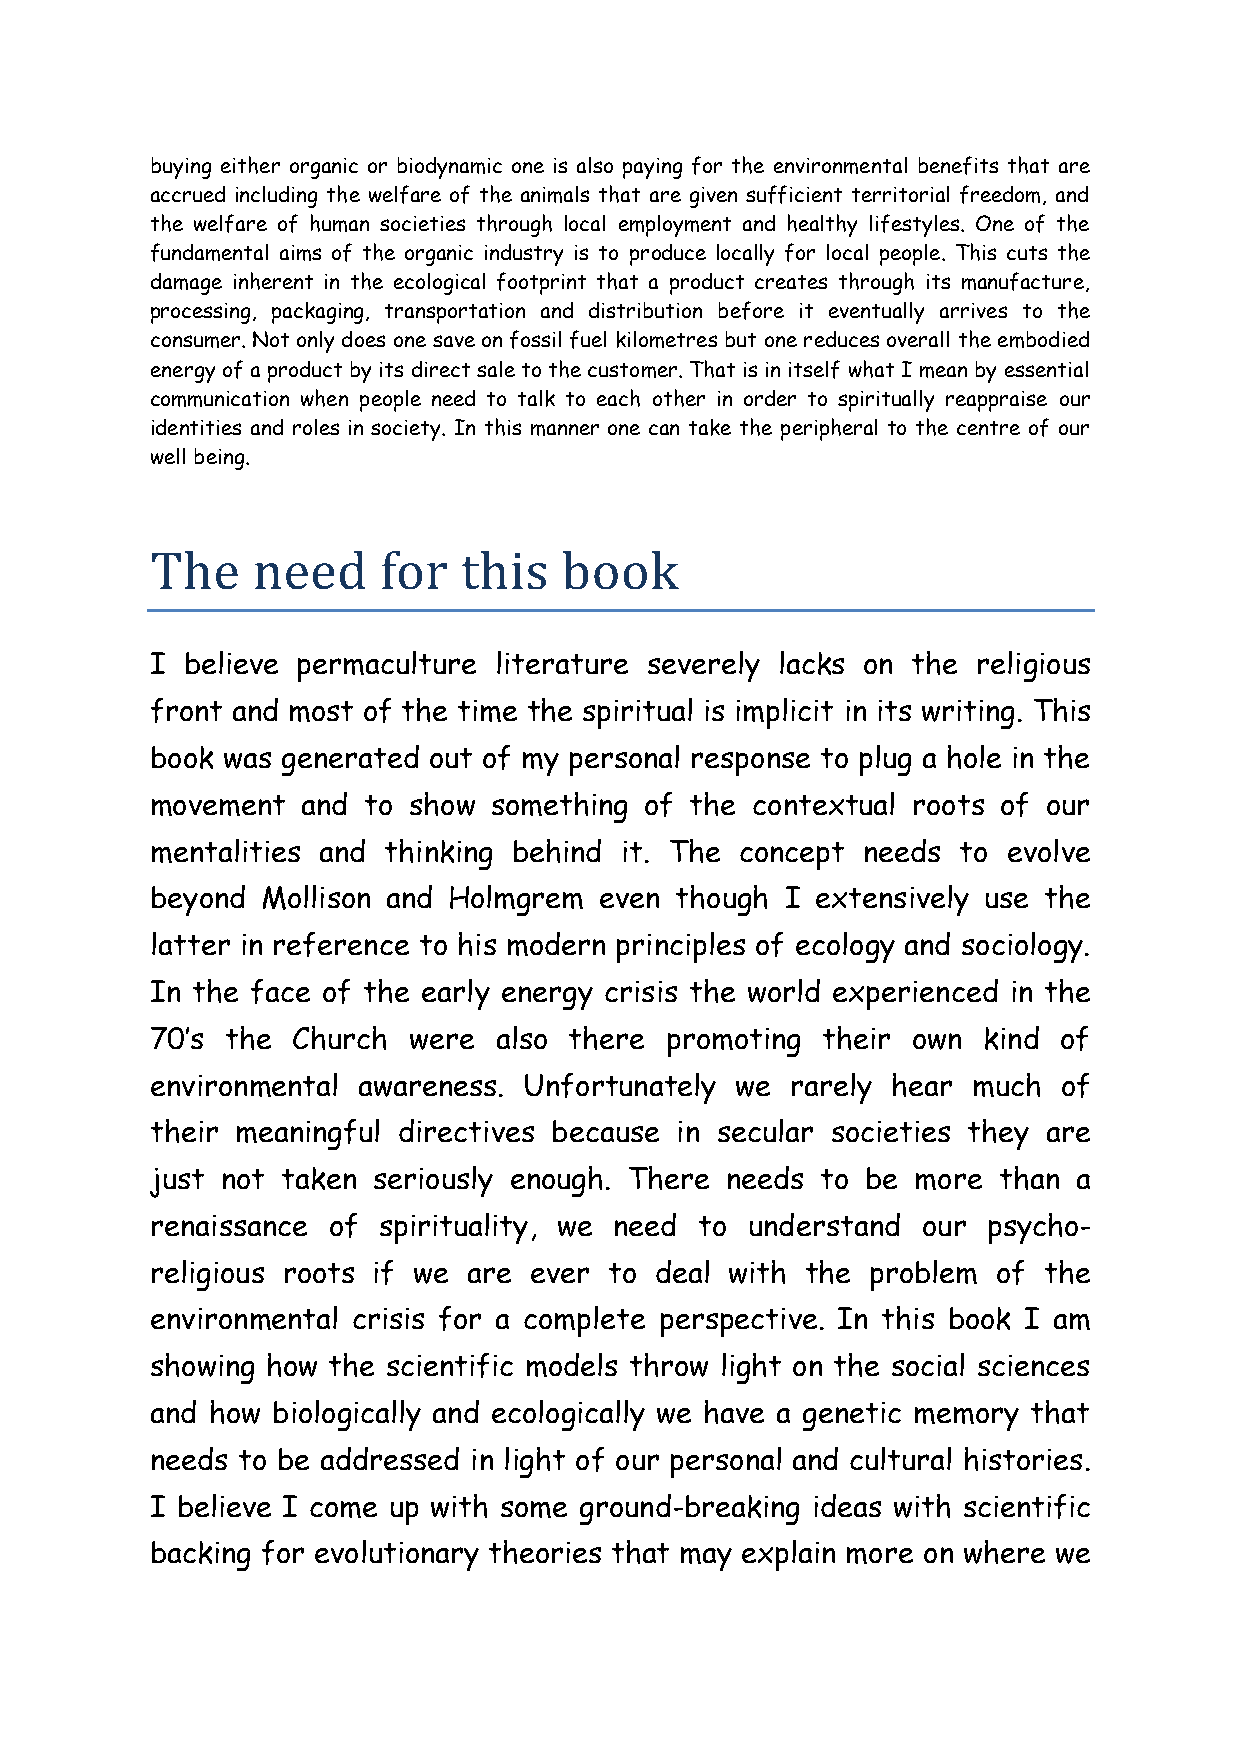
buying either organic or biodynamic one is also paying for the environmental benefits that are
 accrued including the welfare of the animals that are given sufficient territorial freedom, and
 the welfare of human societies through local employment and healthy lifestyles. One of the
 fundamental aims of the organic industry is to produce locally for local people. This cuts the
 damage inherent in the ecological footprint that a product creates through its manufacture,
 processing, packaging, transportation and distribution before it eventually arrives to the
 consumer. Not only does one save on fossil fuel kilometres but one reduces overall the embodied
 energy of a product by its direct sale to the customer. That is in itself what I mean by essential
 communication when people need to talk to each other in order to spiritually reappraise our
 identities and roles in society. In this manner one can take the peripheral to the centre of our
 well being.
 The    need    for  this   book
 I believe permaculture literature severely lacks on the religious
 front and most of the time the spiritual is implicit in its writing. This
 book was generated out of my personal response to plug a hole in the
 movement  and to show something  of the contextual roots of our
 mentalities and thinking behind it. The concept needs to evolve
 beyond Mollison and Holmgrem  even though I extensively use the
 latter in reference to his modern principles of ecology and sociology.
 In the face of the early energy crisis the world experienced in the
 70’s the Church  were  also there promoting their own  kind of
 environmental awareness. Unfortunately we rarely hear much  of
 their meaningful directives because in secular societies they are
 just not taken seriously enough. There needs to be more than a
 renaissance of spirituality, we need to understand our psycho-
 religious roots if we are ever to deal with the problem of the
 environmental crisis for a complete perspective. In this book I am
 showing how the scientific models throw light on the social sciences
 and how biologically and ecologically we have a genetic memory that
 needs to be addressed in light of our personal and cultural histories.
 I believe I come up with some ground-breaking ideas with scientific
 backing for evolutionary theories that may explain more on where we